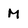
Character: M